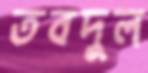
তবদুল